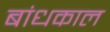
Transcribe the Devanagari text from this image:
बांधकाल